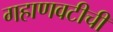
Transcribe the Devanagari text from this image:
गहाणवटीची